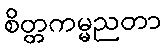
စိတ္တကမ္မညတာ